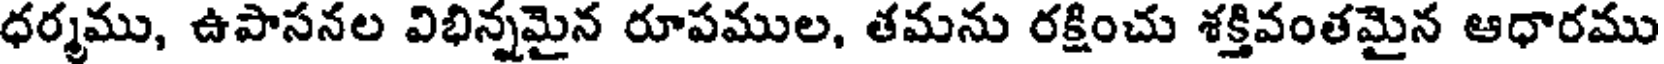
ధర్మము, ఉపాసనల విభిన్నమైన రూపముల, తమను రక్షించు శక్తివంతమైన ఆధారము